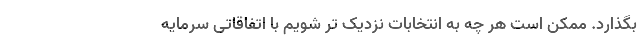
بگذارد. ممکن است هر چه به انتخابات نزدیک تر شویم با اتفاقاتی سرمایه